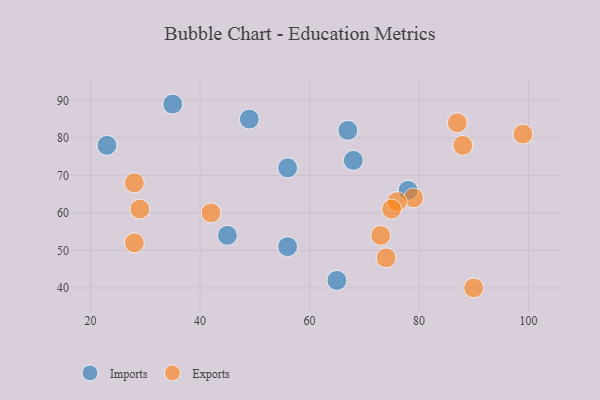
{"axis": {"x": "GDP", "y": "Life Expectancy"}, "legend": ["Exports", "Imports"], "data": [{"x": "49", "y": 85, "type": "Imports"}, {"x": "78", "y": 66, "type": "Imports"}, {"x": "56", "y": 72, "type": "Imports"}, {"x": "67", "y": 82, "type": "Imports"}, {"x": "56", "y": 51, "type": "Imports"}, {"x": "35", "y": 89, "type": "Imports"}, {"x": "65", "y": 42, "type": "Imports"}, {"x": "23", "y": 78, "type": "Imports"}, {"x": "45", "y": 54, "type": "Imports"}, {"x": "68", "y": 74, "type": "Imports"}, {"x": "29", "y": 61, "type": "Exports"}, {"x": "87", "y": 84, "type": "Exports"}, {"x": "79", "y": 64, "type": "Exports"}, {"x": "42", "y": 60, "type": "Exports"}, {"x": "28", "y": 68, "type": "Exports"}, {"x": "73", "y": 54, "type": "Exports"}, {"x": "74", "y": 48, "type": "Exports"}, {"x": "99", "y": 81, "type": "Exports"}, {"x": "90", "y": 40, "type": "Exports"}, {"x": "76", "y": 63, "type": "Exports"}, {"x": "75", "y": 61, "type": "Exports"}, {"x": "88", "y": 78, "type": "Exports"}, {"x": "28", "y": 52, "type": "Exports"}]}